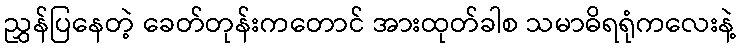
ညွှန်ပြနေတဲ့ ခေတ်တုန်းကတောင် အားထုတ်ခါစ သမာဓိရရုံကလေးနဲ့